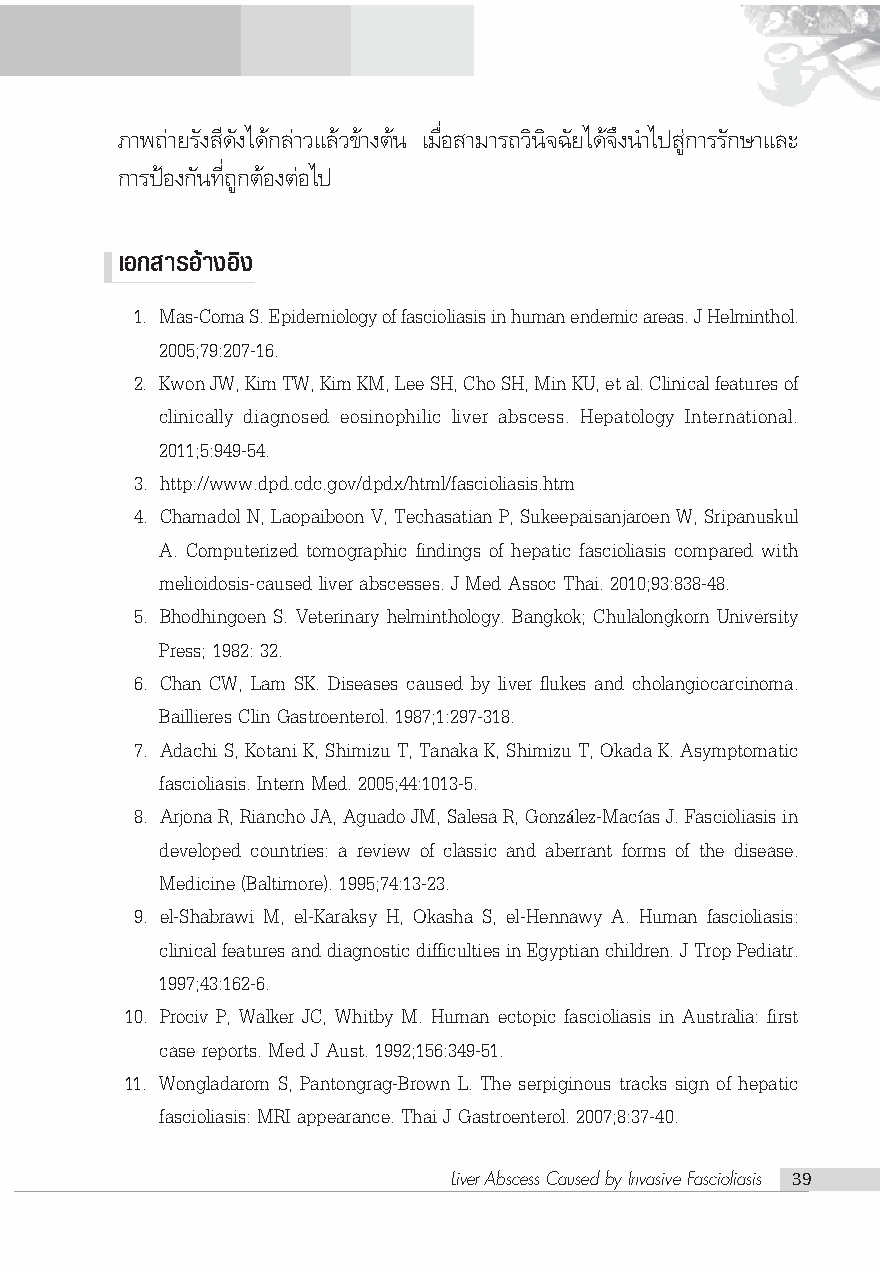
¿“æ∂à“¬√—ß ’¥—ß‰¥â°≈à“«·≈â«¢â“ßμâπ ‡¡◊ËÕ “¡“√∂«‘π‘®©—¬‰¥â®÷ßπ”‰ª Ÿà°“√√—°…“·≈–
 °“√ªÑÕß°—π∑’Ë∂Ÿ°μâÕßμàÕ‰ª
 ‡Õ° “√Õ“â ßÕß‘
 1. Mas-Coma S. Epidemiology of fascioliasis in human endemic areas. J Helminthol.
 2005;79:207-16.
 2. Kwon JW, Kim TW, Kim KM, Lee SH, Cho SH, Min KU, et al. Clinical features of
 clinically diagnosed eosinophilic liver abscess. Hepatology International.
 2011;5:949-54.
 3. http://www.dpd.cdc.gov/dpdx/html/fascioliasis.htm
 4. Chamadol N, Laopaiboon V, Techasatian P, Sukeepaisanjaroen W, Sripanuskul
 A. Computerized tomographic findings of hepatic fascioliasis compared with
 melioidosis-caused liver abscesses. J Med Assoc Thai. 2010;93:838-48.
 5. Bhodhingoen S. Veterinary helminthology. Bangkok; Chulalongkorn University
 Press; 1982: 32.
 6. Chan CW, Lam SK. Diseases caused by liver flukes and cholangiocarcinoma.
 Baillieres Clin Gastroenterol. 1987;1:297-318.
 7. Adachi S, Kotani K, Shimizu T, Tanaka K, Shimizu T, Okada K. Asymptomatic
 fascioliasis. Intern Med. 2005;44:1013-5.
 8. Arjona R, Riancho JA, Aguado JM, Salesa R, Gonz lez-Macas J. Fascioliasis in
 á    í
 developed countries: a review of classic and aberrant forms of the disease.
 Medicine (Baltimore). 1995;74:13-23.
 9. el-Shabrawi M, el-Karaksy H, Okasha S, el-Hennawy A. Human fascioliasis:
 clinical features and diagnostic difficulties in Egyptian children. J Trop Pediatr.
 1997;43:162-6.
 10. Prociv P, Walker JC, Whitby M. Human ectopic fascioliasis in Australia: first
 case reports. Med J Aust. 1992;156:349-51.
 11. Wongladarom S, Pantongrag-Brown L. The serpiginous tracks sign of hepatic
 fascioliasis: MRI appearance. Thai J Gastroenterol. 2007;8:37-40.
 Liver Abscess Caused by Invasive Fascioliasis 39